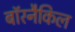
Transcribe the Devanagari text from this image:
बॉरनैकिल